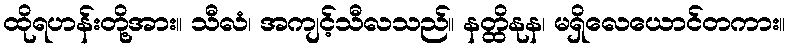
ထိုရဟန်းတို့အား။ သီလံ၊ အကျင့်သီလသည်။ နတ္ထိနုန၊ မရှိလေယောင်တကား။